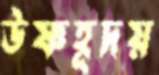
উষ্ণহূদয়